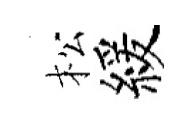
松緩